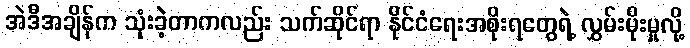
အဲဒီအချိန်က သုံးခဲ့တာကလည်း သက်ဆိုင်ရာ နိုင်ငံရေးအစိုးရတွေရဲ့ လွှမ်းမိုးမှုလို့